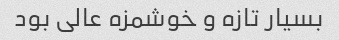
بسیار تازه و خوشمزه عالی بود